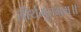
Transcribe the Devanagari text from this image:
तीर्थमुत्तमम्‌॥